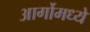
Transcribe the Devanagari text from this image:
आर्गोमध्ये